Tartu_linnavalitsus, lk 16
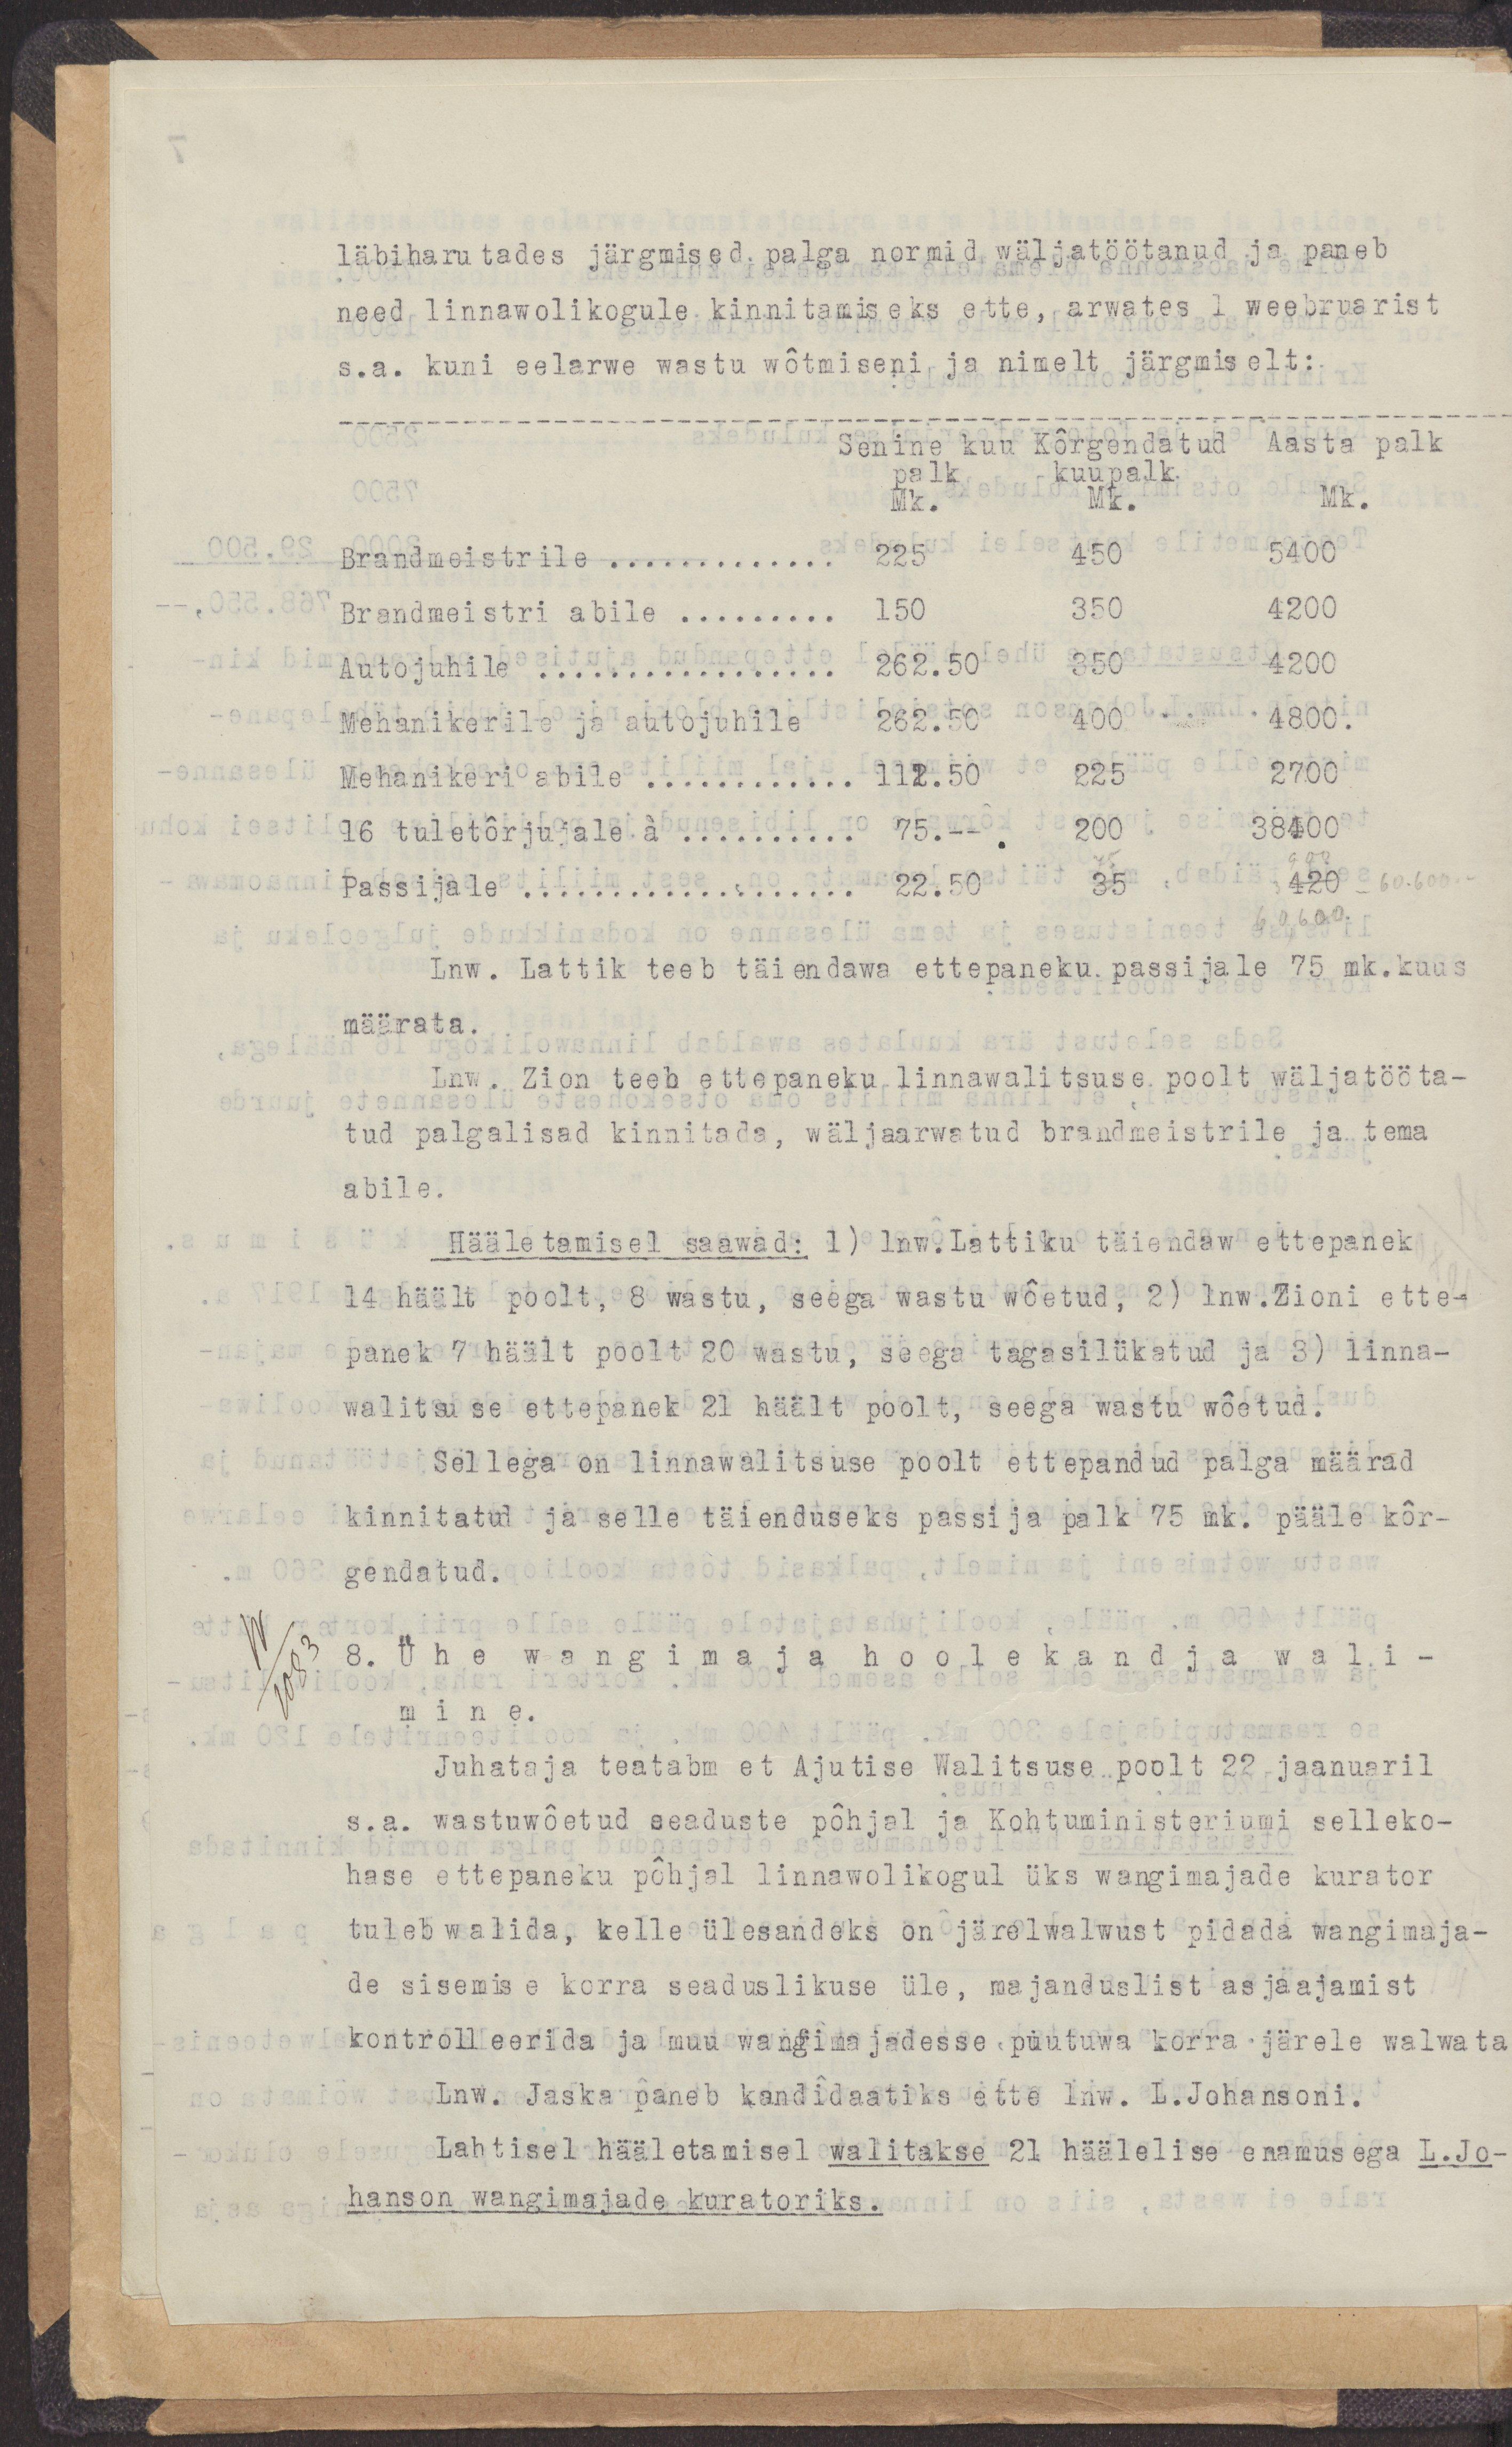
läbihrutades järgmised palga normid wäljatöötanud ja panebneed linnawolikogule kinnitamiseks ette, arwates 1 weebruarists.a. kuni eelarwe wastu wõtmiseni ja nimelt järgmiselt:Senine kuu Kõrgendatud Aasta palkpalk kuupalkMk. Mk. Mk.Brandmeistrile ............. 225 450 5400Brandmeistri abile ......... 150 350 4200Autojuhile ................. 262.50 350 4200Mehanikerile ja autojuhile 262.50 400 4800.Mehanikeri abile ............ 112.50 225 270016 tuletõrjujale à .......... 75.-- 200 38400Passijale ................... 22.50 35 420Lnw. Lattik teeb täiendawa ettepaneku passijale 75 mk.kuusmäärata.Lnw. Zion teeb ettepaneku linnawalitsuse poolt wäljatööta-tud palgalised kinnitada, wäljaarwatud brandmeistrile ja temaabile.Hääletamisel saawad: 1) Lnw.Lattiku täiendaw ettepanek14 häält poolt, 8 wastu, seega wastu wõetud, 2) lnw.Zioni ette-panek 7 häält poolt 20 wastu, seega tagasilükatud ja 3) linna-walitsuse ettepanek 21 häält poolt, seega wastu wõetud.Sellega on linnawalitsuse poolt ettepandud palga määradkinnitatud ja selle täienduseks passija palk 75 mk. pääle kõr-gendatud.8. Ühe wangimaja hoolekandja wali-mine.Juhataja teatab et Ajutise Walitsuse poolt 22 jaanuarils.a. wastuwõetud seaduste põhjal ja Kohtuministeriumi selleko-hase ettepaneku põhjal linnawolikogul üks wangimajade kuratortuleb walida, kelle ülesandeks on järelwalwust pidada wangimaja-de sisemise korra seaduslikuse üle, majanduslist asjaajamistkontrolleerida ja muu wangimajadesse puutuwa korra järele walwataLnw. Jaska paneb kandidaatiks ette lnw. L.Johansoni.Lahtisel hääletamisel walitakse 21 häälelise enamusega L.Jo-hanson wangimajade kuratoriks.